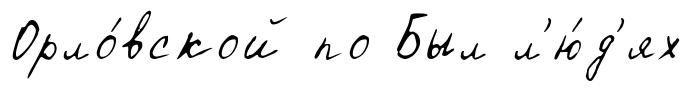
Орло́вской по Был л'ю́д'ях